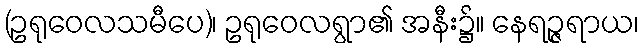
(ဥရုဝေလသမီပေ)၊ ဥရုဝေလရွာ၏ အနီး၌။ နေရဉ္ဇရာယ၊